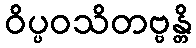
ဝိပ္ပဝသိတဗ္ဗန္တိ